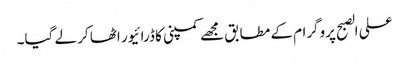
علی الصبح پروگرام کے مطابق مجھے کمپنی کا ڈرائیور اٹھا کر لے گیا۔